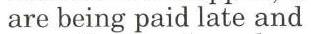
are being paid late and